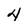
Character: 4